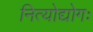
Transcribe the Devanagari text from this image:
नित्योद्योगः